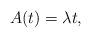
LaTeX: \begin{align*}A(t) = \lambda{t},\end{align*}